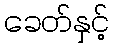
ခေတ်နှင့်